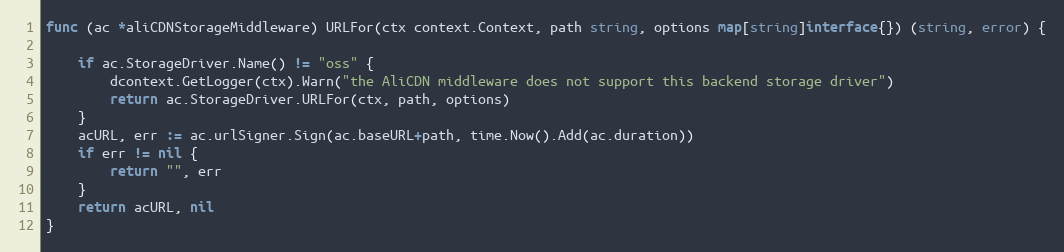
Language: Go
func (ac *aliCDNStorageMiddleware) URLFor(ctx context.Context, path string, options map[string]interface{}) (string, error) {

	if ac.StorageDriver.Name() != "oss" {
		dcontext.GetLogger(ctx).Warn("the AliCDN middleware does not support this backend storage driver")
		return ac.StorageDriver.URLFor(ctx, path, options)
	}
	acURL, err := ac.urlSigner.Sign(ac.baseURL+path, time.Now().Add(ac.duration))
	if err != nil {
		return "", err
	}
	return acURL, nil
}